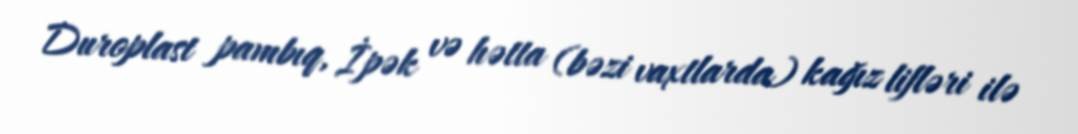
Duroplast pambıq, İpək və hətta (bəzi vaxtlarda) kağız lifləri ilə